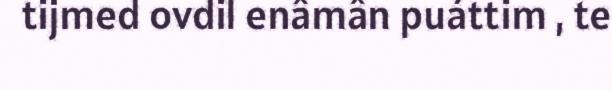
tijmed ovdil enâmân puáttim , te